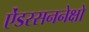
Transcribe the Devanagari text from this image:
ऐंडरसननेक्षो